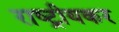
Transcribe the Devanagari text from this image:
राष्ट्रीयकर